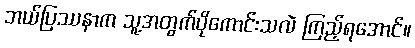
ဘယ်ပြဿနာက သူ့အတွက်ပိုကောင်းသလဲ ကြည့်ရအောင်။